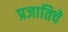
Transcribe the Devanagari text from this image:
प्रजातिचे